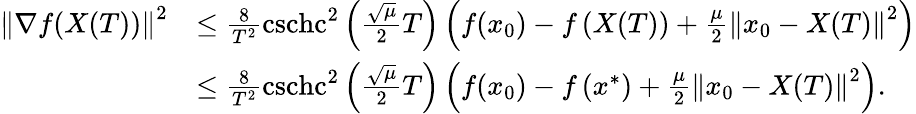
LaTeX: \begin{array}{rl}{\left\Vert\nabla f(X(T))\right\Vert^{2}}&{\leq\frac{8}{T^{2}}\operatorname{cschc}^{2}\left(\frac{\sqrt{\mu}}{2}T\right)\left(f(x_{0})-f\left(X(T)\right)+\frac{\mu}{2}\left\Vert x_{0}-X(T)\right\Vert^{2}\right)}\\ &{\leq\frac{8}{T^{2}}\operatorname{cschc}^{2}\left(\frac{\sqrt{\mu}}{2}T\right)\left(f(x_{0})-f\left(x^{*}\right)+\frac{\mu}{2}\left\Vert x_{0}-X(T)\right\Vert^{2}\right).}\end{array}